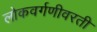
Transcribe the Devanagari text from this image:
लोकवर्गणीवरती